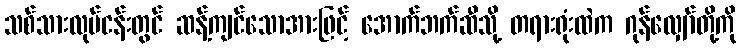
သစ်သားလုပ်ငန်းတွင် ဆန့်ကျင်သောအားဖြင့် အောက်ဘက်ဆီသို့ တရားရုံးထဲက ဂုန်လျှော်တို့ကို